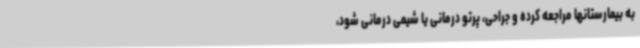
به بیمارستانها مراجعه کرده و جراحی، پرتو درمانی یا شیمی درمانی شود،